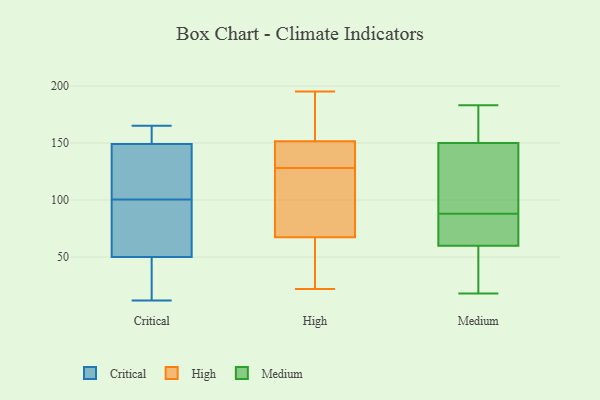
{"axis": {"x": "Gross Profit (USD K)", "y": "Value"}, "legend": ["Critical", "High", "Medium"], "data": [{"x": "", "y": 104, "type": "Critical"}, {"x": "", "y": 141, "type": "Critical"}, {"x": "", "y": 102, "type": "Critical"}, {"x": "", "y": 50, "type": "Critical"}, {"x": "", "y": 50, "type": "Critical"}, {"x": "", "y": 57, "type": "Critical"}, {"x": "", "y": 165, "type": "Critical"}, {"x": "", "y": 152, "type": "Critical"}, {"x": "", "y": 160, "type": "Critical"}, {"x": "", "y": 145, "type": "Critical"}, {"x": "", "y": 21, "type": "Critical"}, {"x": "", "y": 153, "type": "Critical"}, {"x": "", "y": 14, "type": "Critical"}, {"x": "", "y": 79, "type": "Critical"}, {"x": "", "y": 99, "type": "Critical"}, {"x": "", "y": 91, "type": "Critical"}, {"x": "", "y": 149, "type": "Critical"}, {"x": "", "y": 12, "type": "Critical"}, {"x": "", "y": 145, "type": "High"}, {"x": "", "y": 166, "type": "High"}, {"x": "", "y": 38, "type": "High"}, {"x": "", "y": 150, "type": "High"}, {"x": "", "y": 104, "type": "High"}, {"x": "", "y": 158, "type": "High"}, {"x": "", "y": 106, "type": "High"}, {"x": "", "y": 129, "type": "High"}, {"x": "", "y": 150, "type": "High"}, {"x": "", "y": 55, "type": "High"}, {"x": "", "y": 44, "type": "High"}, {"x": "", "y": 128, "type": "High"}, {"x": "", "y": 164, "type": "High"}, {"x": "", "y": 106, "type": "High"}, {"x": "", "y": 195, "type": "High"}, {"x": "", "y": 30, "type": "High"}, {"x": "", "y": 152, "type": "High"}, {"x": "", "y": 22, "type": "High"}, {"x": "", "y": 104, "type": "High"}, {"x": "", "y": 61, "type": "Medium"}, {"x": "", "y": 130, "type": "Medium"}, {"x": "", "y": 97, "type": "Medium"}, {"x": "", "y": 75, "type": "Medium"}, {"x": "", "y": 79, "type": "Medium"}, {"x": "", "y": 100, "type": "Medium"}, {"x": "", "y": 161, "type": "Medium"}, {"x": "", "y": 183, "type": "Medium"}, {"x": "", "y": 60, "type": "Medium"}, {"x": "", "y": 152, "type": "Medium"}, {"x": "", "y": 18, "type": "Medium"}, {"x": "", "y": 31, "type": "Medium"}, {"x": "", "y": 150, "type": "Medium"}, {"x": "", "y": 24, "type": "Medium"}]}